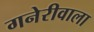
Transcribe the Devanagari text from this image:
गनेरीवाला